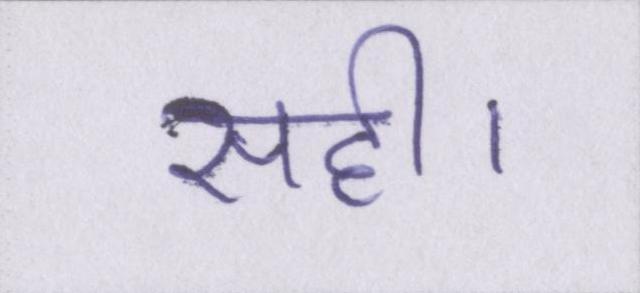
सही।